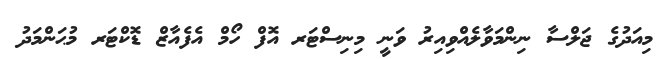
މިއަދުގެ ޖަލްސާ ނިންމަވާލެއްވިއިރު ވަނީ މިނިސްޓަރ އޮފް ހޯމް އެފެއާޒް ޑޮކްޓަރ މުޙަންމަދު